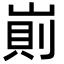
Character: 崱